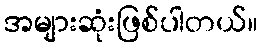
အများဆုံးဖြစ်ပါတယ်။